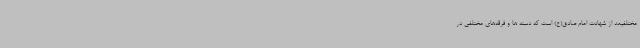
مختلفبعد از شهادت امام صادق(ع) است که دسته ها و فرقه‌های مختلفی در